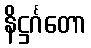
နိဋ္ဌင်္ဂတော